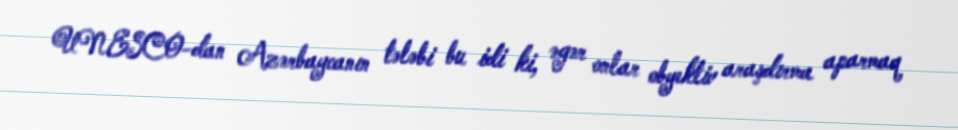
UNESCO-dan Azərbaycanın tələbi bu idi ki, əgər onlar obyektiv araşdırma aparmaq